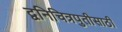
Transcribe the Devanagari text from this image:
द्वनिचित्रपुतीसाठी